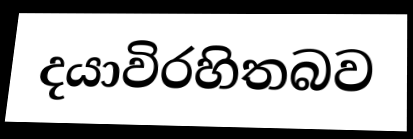
දයාවිරහිතබව